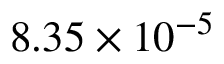
8 . 3 5 \times 1 0 ^ { - 5 }